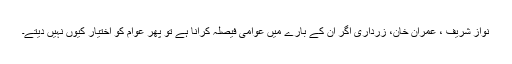
نواز شریف ، عمران خان، زرداری اگر ان کے بارے میں عوامی فیصلہ کرانا ہے تو پھر عوام کو اختیار کیوں نہیں دیتے۔